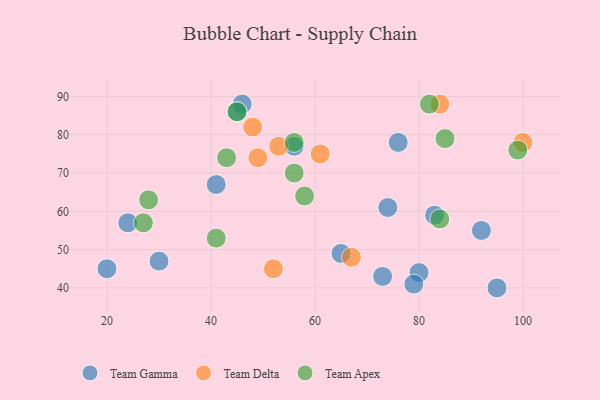
{"axis": {"x": "GDP", "y": "Life Expectancy"}, "legend": ["Team Apex", "Team Delta", "Team Gamma"], "data": [{"x": "56", "y": 77, "type": "Team Gamma"}, {"x": "92", "y": 55, "type": "Team Gamma"}, {"x": "46", "y": 88, "type": "Team Gamma"}, {"x": "65", "y": 49, "type": "Team Gamma"}, {"x": "73", "y": 43, "type": "Team Gamma"}, {"x": "45", "y": 86, "type": "Team Gamma"}, {"x": "20", "y": 45, "type": "Team Gamma"}, {"x": "83", "y": 59, "type": "Team Gamma"}, {"x": "80", "y": 44, "type": "Team Gamma"}, {"x": "24", "y": 57, "type": "Team Gamma"}, {"x": "74", "y": 61, "type": "Team Gamma"}, {"x": "30", "y": 47, "type": "Team Gamma"}, {"x": "79", "y": 41, "type": "Team Gamma"}, {"x": "76", "y": 78, "type": "Team Gamma"}, {"x": "41", "y": 67, "type": "Team Gamma"}, {"x": "95", "y": 40, "type": "Team Gamma"}, {"x": "48", "y": 82, "type": "Team Delta"}, {"x": "52", "y": 45, "type": "Team Delta"}, {"x": "67", "y": 48, "type": "Team Delta"}, {"x": "49", "y": 74, "type": "Team Delta"}, {"x": "53", "y": 77, "type": "Team Delta"}, {"x": "84", "y": 88, "type": "Team Delta"}, {"x": "61", "y": 75, "type": "Team Delta"}, {"x": "100", "y": 78, "type": "Team Delta"}, {"x": "56", "y": 70, "type": "Team Apex"}, {"x": "41", "y": 53, "type": "Team Apex"}, {"x": "84", "y": 58, "type": "Team Apex"}, {"x": "82", "y": 88, "type": "Team Apex"}, {"x": "58", "y": 64, "type": "Team Apex"}, {"x": "28", "y": 63, "type": "Team Apex"}, {"x": "85", "y": 79, "type": "Team Apex"}, {"x": "99", "y": 76, "type": "Team Apex"}, {"x": "56", "y": 78, "type": "Team Apex"}, {"x": "43", "y": 74, "type": "Team Apex"}, {"x": "27", "y": 57, "type": "Team Apex"}, {"x": "45", "y": 86, "type": "Team Apex"}]}